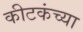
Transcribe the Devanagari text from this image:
कीटकंच्या